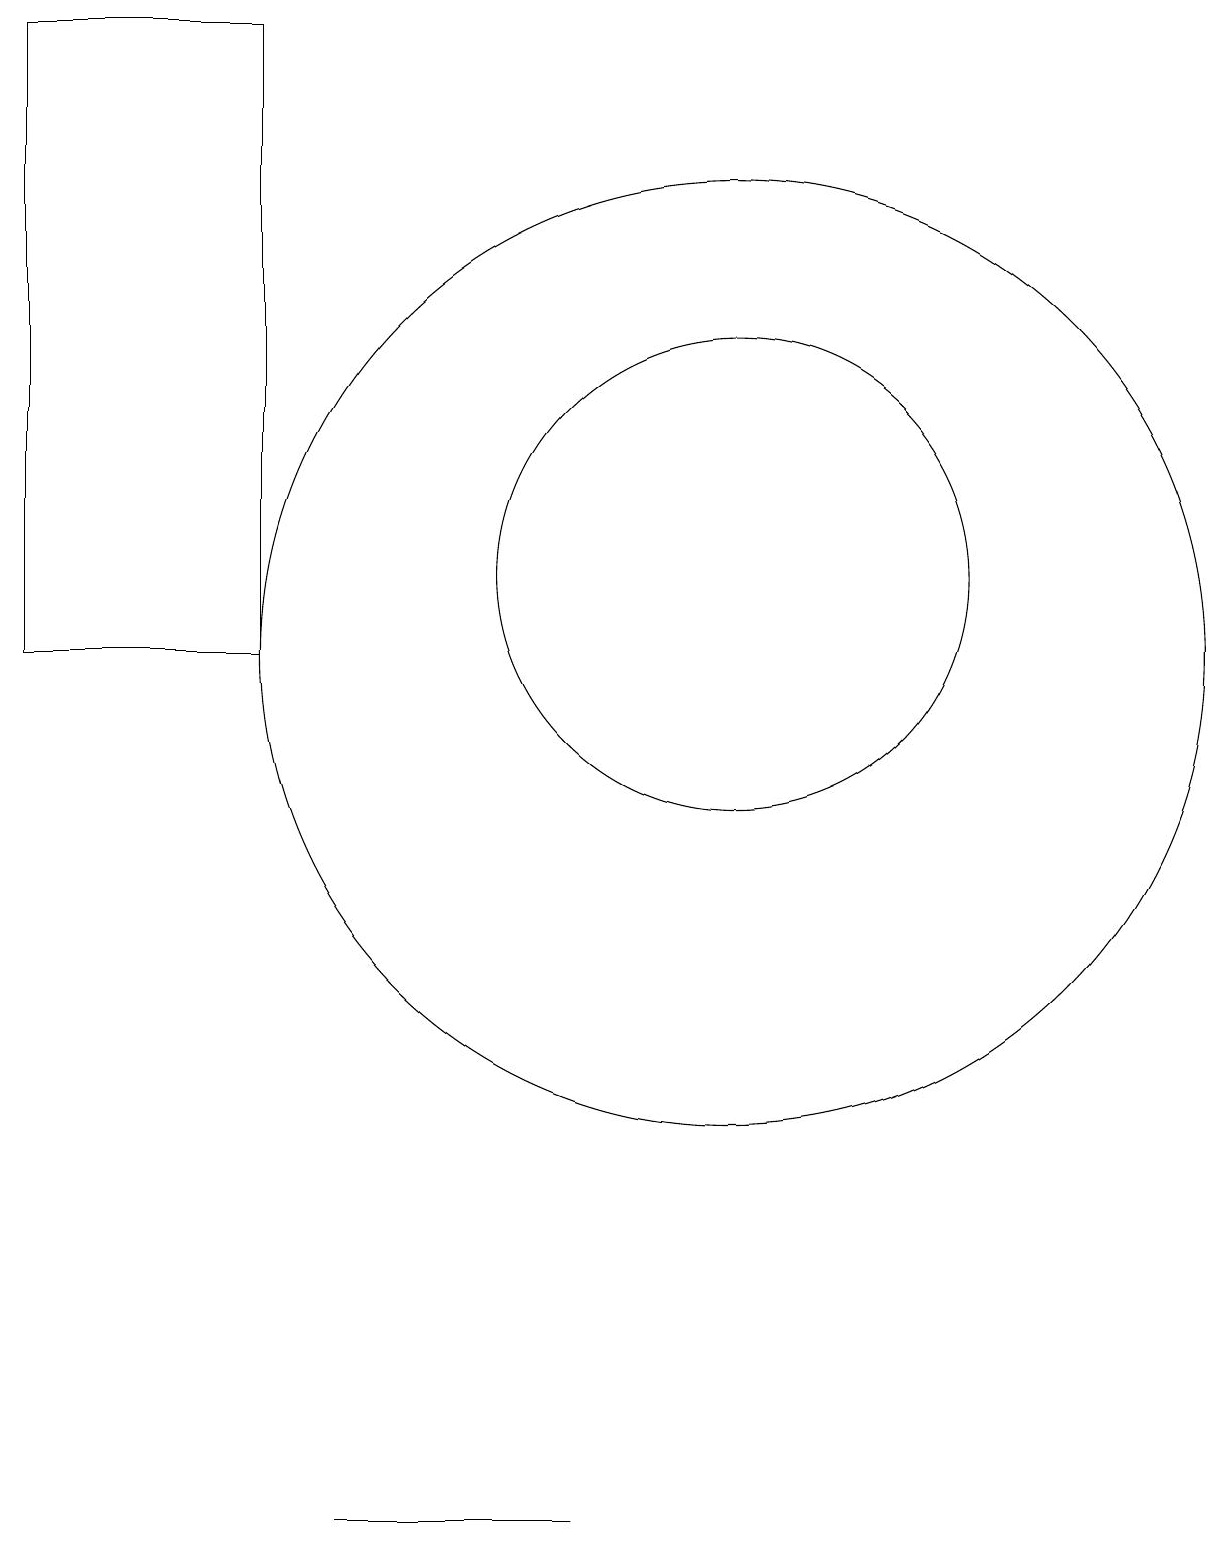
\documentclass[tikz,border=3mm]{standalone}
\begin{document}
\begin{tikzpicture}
\draw (10,12) circle (3);
\draw (10,11) circle (6);
\draw (4,11) rectangle (1,19);
\draw (7,0) -- (8,0) -- (5,0) -- cycle;
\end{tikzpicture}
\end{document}